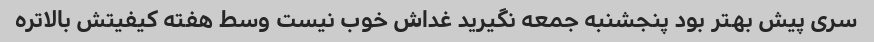
سری پیش بهتر بود پنجشنبه جمعه نگیرید غداش خوب نیست وسط هفته کیفیتش بالاتره